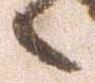
候